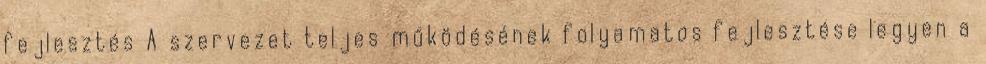
fejlesztés A szervezet teljes működésének folyamatos fejlesztése legyen a